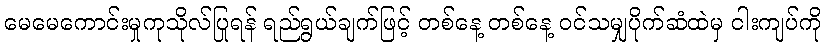
မေမေကောင်းမှုကုသိုလ်ပြုရန် ရည်ရွယ်ချက်ဖြင့် တစ်နေ့ တစ်နေ့ ဝင်သမျှပိုက်ဆံထဲမှ ငါးကျပ်ကို